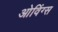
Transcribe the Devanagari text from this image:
ओविंग्स